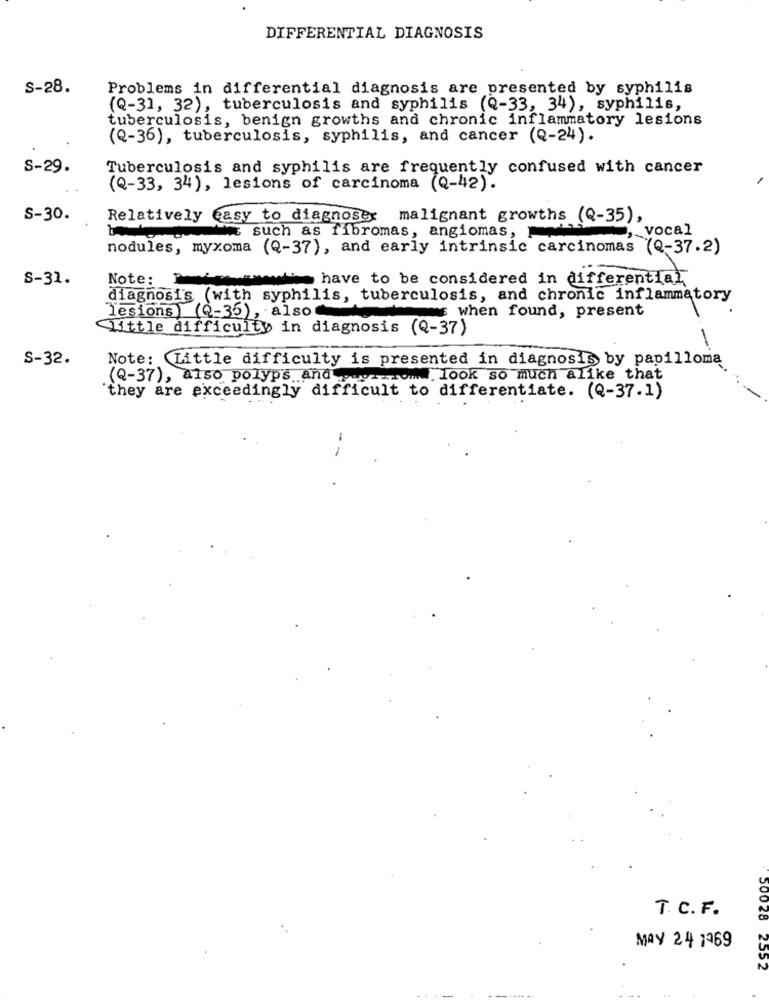
DIFFERENTIAL DIAGNOSIS
S-28.
Problems in differential diagnosis are presented by syphilis
(Q-31, 32), tuberculosis and syphilis (Q-33, 34), syphilis,
tuberculosis, benign growths and chronic inflammatory lesions
(Q-36), tuberculosis, syphilis, and cancer (Q-24).
S-29.
Tuberculosis and syphilis are frequently confused with cancer
(Q-33, 34), lesions of carcinoma (Q-42).
S-30.
Relatively easy to diagnoser malignant growths (Q-35),
, vocal
such as fibromas, angiomas,
nodules, myxoma (Q-37), and early intrinsic carcinomas (Q-37.2)
S-31.
Note:
have to be considered in differential
diagnosis (with syphilis, tuberculosis, and chronic inflammatory
when found, present
lesions) (Q-35), also
Little difficulty in diagnosis (Q-37)
S-32.
Note: Little difficulty is presented in diagnosis by papilloma
(Q-37), also polyps and . look so much alike that
they are exceedingly difficult to differentiate. (Q-37.1)
T. C.F.
50028
MAY 24 1769
2552